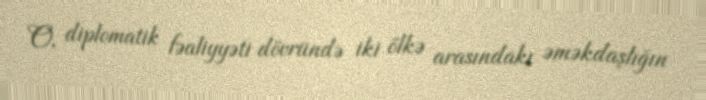
O, diplomatik fəaliyyəti dövründə iki ölkə arasındakı əməkdaşlığın